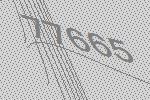
77665